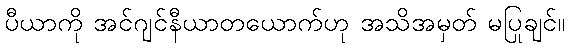
ပီယာကို အင်ဂျင်နီယာတယောက်ဟု အသိအမှတ် မပြုချင်။